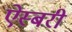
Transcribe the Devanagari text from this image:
ऐस्बरी